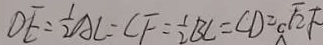
D E = \frac { 1 } { 2 } A C = C F = \frac { 1 } { 2 } B C = C D = \sqrt { 2 } F